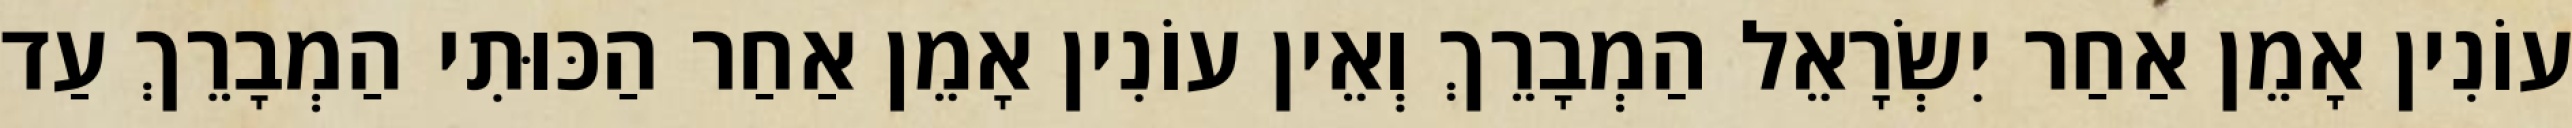
עוֹנִין אָמֵן אַחַר יִשְׂרָאֵל הַמְבָרֵךְ וְאֵין עוֹנִין אָמֵן אַחַר הַכּוּתִי הַמְבָרֵךְ עַד